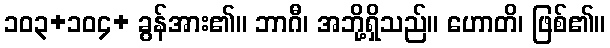
၁၀၃+၁၀၄+ ခွန်အား၏။ ဘာဂီ၊ အဘို့ရှိသည်။ ဟောတိ၊ ဖြစ်၏။